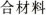
合材料